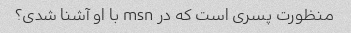
منظورت پسری است که در msn با او آشنا شدی؟